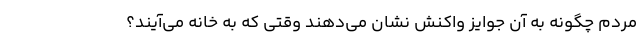
مردم چگونه به آن جوایز واکنش نشان می‌دهند وقتی که به خانه می‌آیند؟